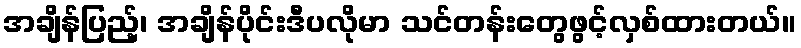
အချိန်ပြည့်၊ အချိန်ပိုင်းဒီပလိုမာ သင်တန်းတွေဖွင့်လှစ်ထားတယ်။